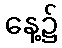
နေ့၌